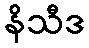
နိသီဒ